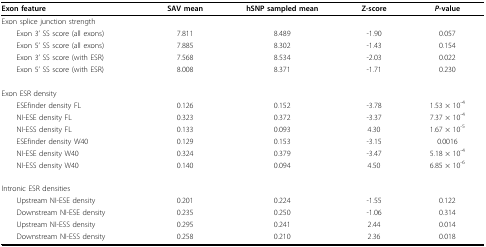
| Exon feature | SAV mean | hSNP sampled mean | Z-score | P-value |
 | --- | --- | --- | --- | --- |
 | Exon splice junction strength |  |  |  |  |
 | Exon 3' SS score (all exons) | 7.811 | 8.489 | -1.90 | 0.057 |
 | Exon 5' SS score (all exons) | 7.885 | 8.302 | -1.43 | 0.154 |
 | Exon 3' SS score (with ESR) | 7.568 | 8.534 | -2.03 | 0.022 |
 | Exon 5' SS score (with ESR) | 8.008 | 8.371 | -1.71 | 0.230 |
 | Exon ESR density |  |  |  |  |
 | ESEfinder density FL | 0.126 | 0.152 | -3.78 | 1.53 × 10-4 |
 | NI-ESE density FL | 0.323 | 0.372 | -3.37 | 7.37 × 10-4 |
 | NI-ESS density FL | 0.133 | 0.093 | 4.30 | 1.67 × 10-5 |
 | ESEfinder density W40 | 0.129 | 0.153 | -3.15 | 0.0016 |
 | NI-ESE density W40 | 0.324 | 0.379 | -3.47 | 5.18 × 10-4 |
 | NI-ESS density W40 | 0.140 | 0.094 | 4.50 | 6.85 × 10-6 |
 | Intronic ESR densities |  |  |  |  |
 | Upstream NI-ESE density | 0.201 | 0.224 | -1.55 | 0.122 |
 | Downstream NI-ESE density | 0.235 | 0.250 | -1.06 | 0.314 |
 | Upstream NI-ESS density | 0.295 | 0.241 | 2.44 | 0.014 |
 | Downstream NI-ESS density | 0.258 | 0.210 | 2.36 | 0.018 |